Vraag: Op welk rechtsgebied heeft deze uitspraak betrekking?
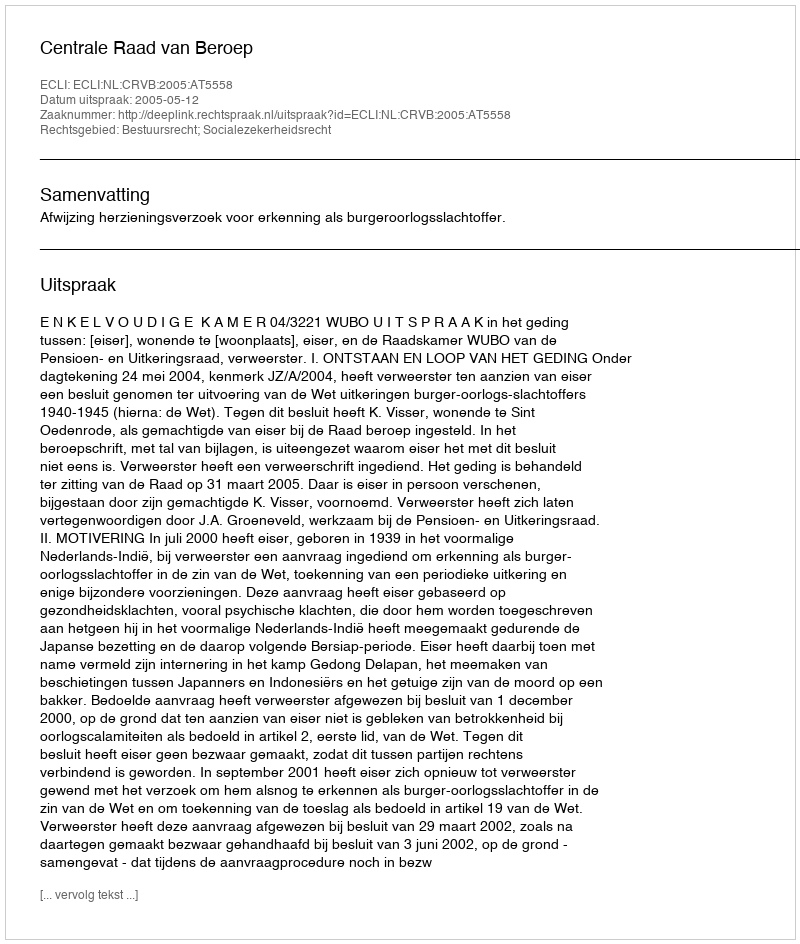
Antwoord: Bestuursrecht; Socialezekerheidsrecht